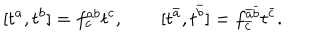
LaTeX: [ t ^ { a } , t ^ { b } ] = f _ { c } ^ { a b } t ^ { c } , ~ ~ [ t ^ { \bar { a } } , t ^ { \bar { b } } ] = f _ { \bar { c } } ^ { \bar { a } \bar { b } } t ^ { \bar { c } } .